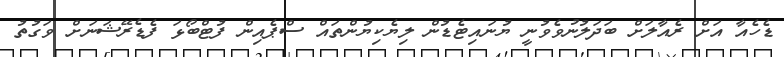
ޑެހެއާ އަށް ރެއާލަށް ބަދަލުނުވެވުނީ ޔުނައިޓެޑުން ލިޔެކިޔުންތައް ސްޕެއިން ފުޓްބޯޅަ ފެޑެރޭޝަނަށް ވަގުތު